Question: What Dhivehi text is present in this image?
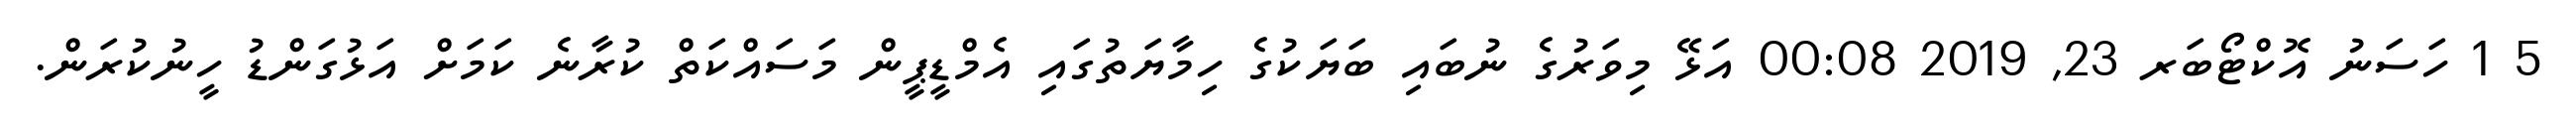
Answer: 5 1 ހަސަނު އޮކްޓޯބަރ 23, 2019 00:08 އަޅޭ މިވަރުގެ ނުބައި ބަޔަކުގެ ހިމާޔަތުގައި އެމްޑީޕީން މަސައްކަތް ކުރާނެ ކަމަށް އަޅުގަންޑު ހީނުކުރަން.